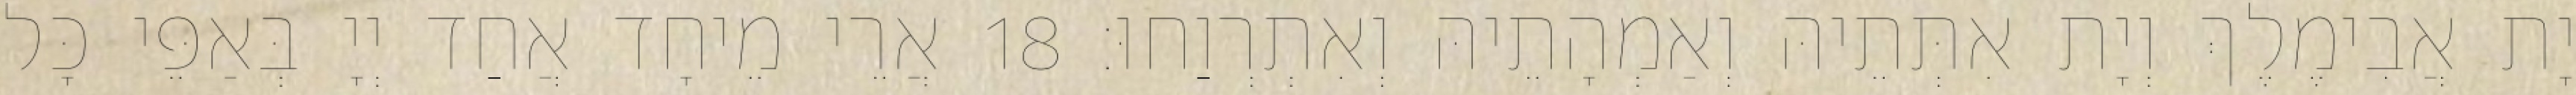
יָת אֲבִימֶלֶךְ וְיָת אִתְּתֵיהּ וְאַמְהָתֵיהּ וְאִתְרְוַחוּ׃ 18 אֲרֵי מֵיחָד אֲחַד יְיָ בְּאַפֵּי כָּל